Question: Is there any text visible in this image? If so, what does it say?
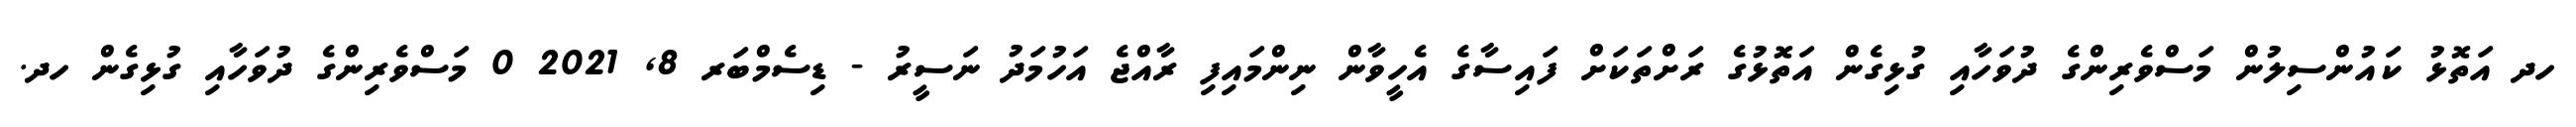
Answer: ހދ އަތޮޅު ކައުންސިލުން މަސްވެރިންގެ ދުވަހާއި ގުޅިގެން އަތޮޅުގެ ރަށްތަކަށް ފައިސާގެ އެހީވާން ނިންމައިފި ރާއްޖެ އަހުމަދު ނަސީރު - ޑިސެމްބަރ 8, 2021 0 މަސްވެރިންގެ ދުވަހާއި ގުޅިގެން ހދ.